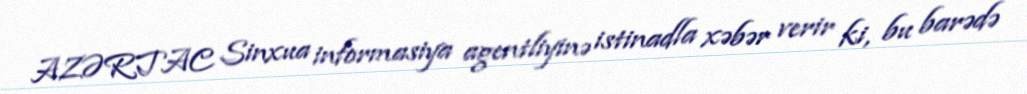
AZƏRTAC Sinxua informasiya agentliyinə istinadla xəbər verir ki, bu barədə